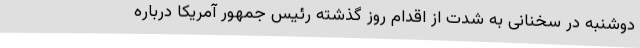
دوشنبه در سخنانی به شدت از اقدام روز گذشته رئیس جمهور آمریکا درباره